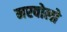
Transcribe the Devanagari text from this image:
मरवोलो